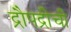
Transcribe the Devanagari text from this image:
द्रौपद्रीची